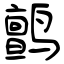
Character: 鹯